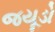
જયૂડો